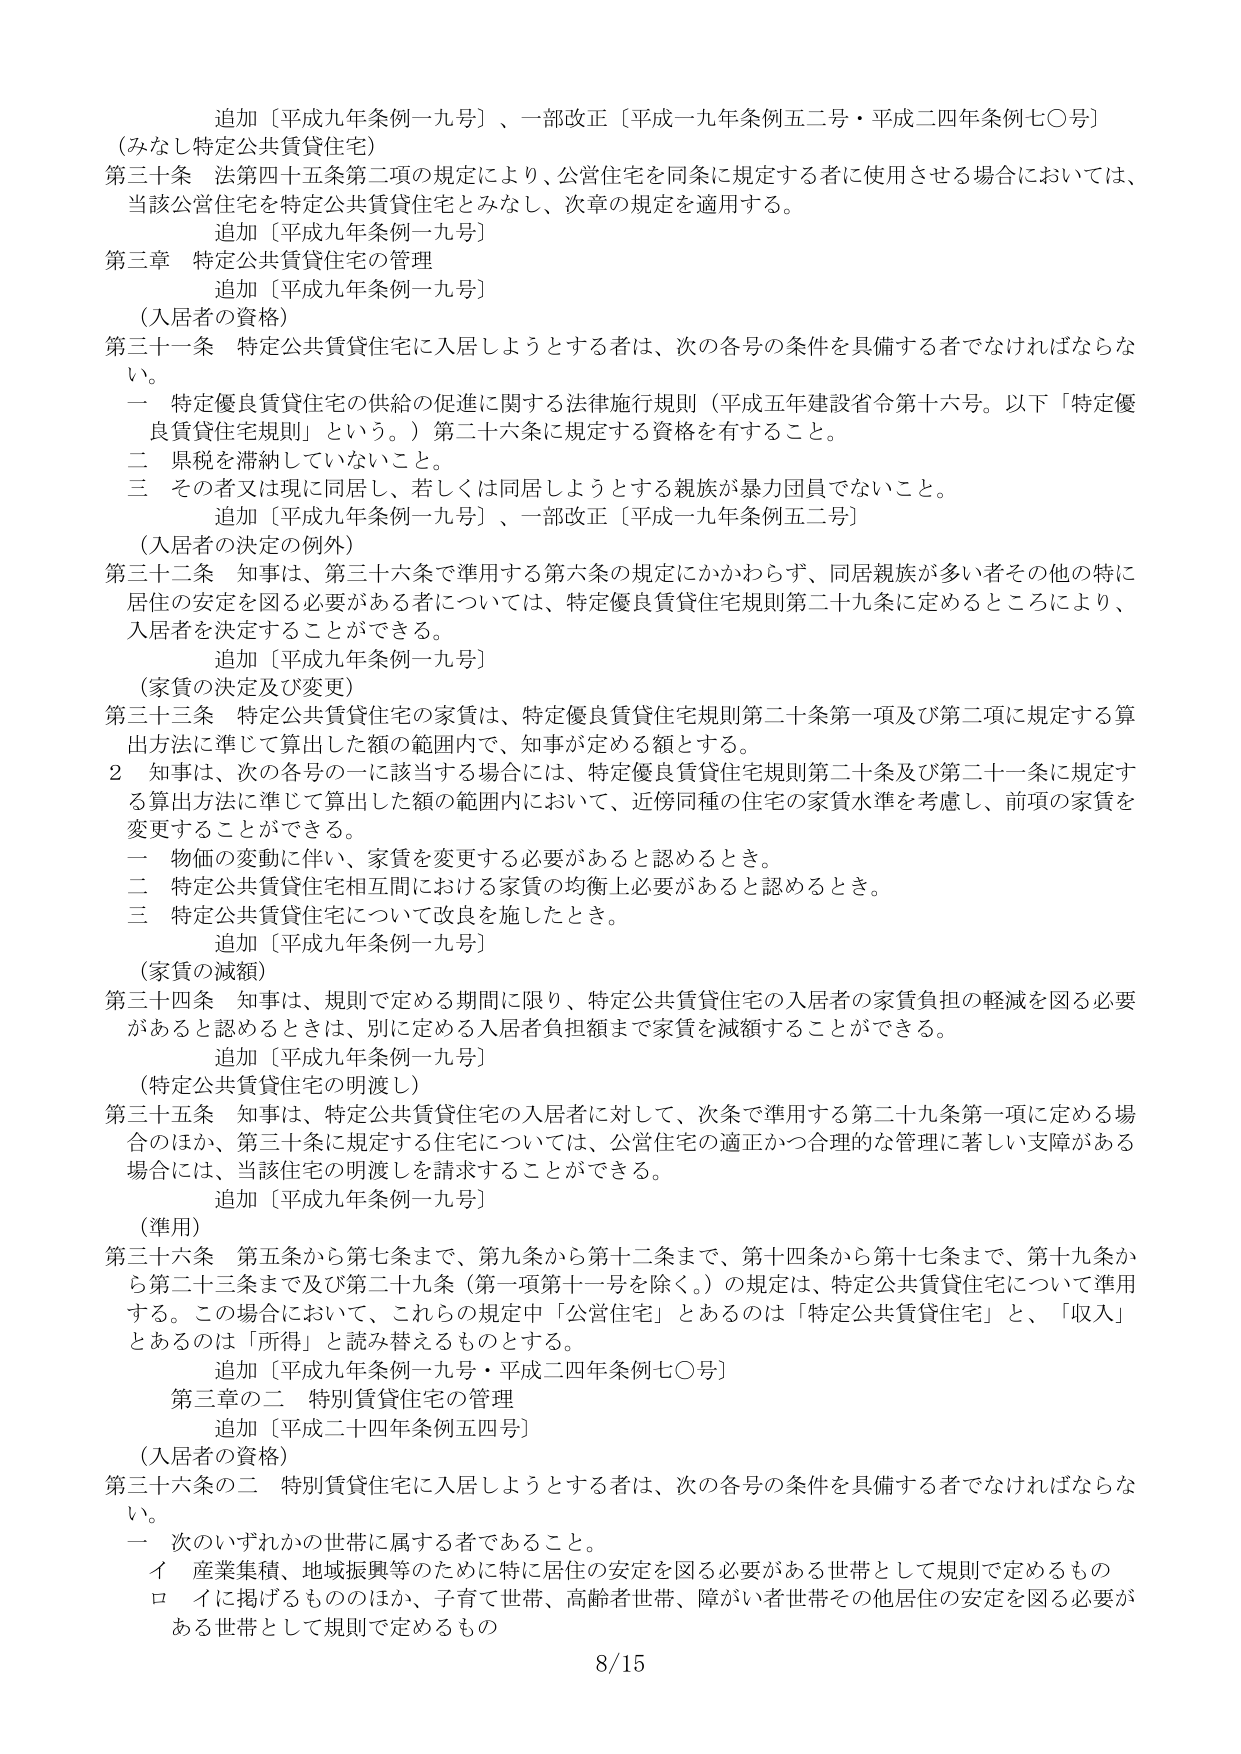
追加〔平成九年条例一九号〕、一部改正〔平成一九年条例五二号・平成二四年条例七〇号〕
（みなし特定公共賃貸住宅）
第三十条 法第四十五条第二項の規定により、公営住宅を同条に規定する者に使用させる場合においては、
当該公営住宅を特定公共賃貸住宅とみなし、次章の規定を適用する。
追加〔平成九年条例一九号〕
第三章 特定公共賃貸住宅の管理
追加〔平成九年条例一九号〕
（入居者の資格）
第三十一条 特定公共賃貸住宅に入居しようとする者は、次の各号の条件を具備する者でなければならない。
一 特定優良賃貸住宅の供給の促進に関する法律施行規則（平成五年建設省令第十六号。以下「特定優良賃貸住宅規則」という。）第二十六条に規定する資格を有すること。
二 県税を滞納していないこと。
三 その者又は現に同居し、若しくは同居しようとする親族が暴力団員でないこと。
追加〔平成九年条例一九号〕、一部改正〔平成一九年条例五二号〕
（入居者の決定の例外）
第三十二条 知事は、第三十六条で準用する第六条の規定にかかわらず、同居親族が多い者その他の特に居住の安定を図る必要がある者については、特定優良賃貸住宅規則第二十九条に定めるところにより、入居者を決定することができる。
追加〔平成九年条例一九号〕
（家賃の決定及び変更）
第三十三条 特定公共賃貸住宅の家賃は、特定優良賃貸住宅規則第二十条第一項及び第二項に規定する算出方法に準じて算出した額の範囲内で、知事が定める額とする。
２ 知事は、次の各号の一に該当する場合には、特定優良賃貸住宅規則第二十条及び第二十一条に規定する算出方法に準じて算出した額の範囲内において、近傍同種の住宅の家賃水準を考慮し、前項の家賃を変更することができる。
一 物価の変動に伴い、家賃を変更する必要があると認めるとき。
二 特定公共賃貸住宅相互間における家賃の均衡上必要があると認めるとき。
三 特定公共賃貸住宅について改良を施したとき。
追加〔平成九年条例一九号〕
（家賃の減額）
第三十四条 知事は、規則で定める期間に限り、特定公共賃貸住宅の入居者の家賃負担の軽減を図る必要があると認めるときは、別に定める入居者負担額まで家賃を減額することができる。
追加〔平成九年条例一九号〕
（特定公共賃貸住宅の明渡し）
第三十五条 知事は、特定公共賃貸住宅の入居者に対して、次条で準用する第二十九条第一項に定める場合のほか、第三十条に規定する住宅については、公営住宅の適正かつ合理的な管理に著しい支障がある場合には、当該住宅の明渡しを請求することができる。
追加〔平成九年条例一九号〕
（準用）
第三十六条 第五条から第七条まで、第九条から第十二条まで、第十四条から第十七条まで、第十九条から第二十三条まで及び第二十九条（第一項第十一号を除く。）の規定は、特定公共賃貸住宅について準用する。この場合において、これらの規定中「公営住宅」とあるのは「特定公共賃貸住宅」と、「収入」とあるのは「所得」と読み替えるものとする。
追加〔平成九年条例一九号・平成二四年条例七〇号〕
第三章の二 特別賃貸住宅の管理
追加〔平成二十四年条例五四号〕
（入居者の資格）
第三十六条の二 特別賃貸住宅に入居しようとする者は、次の各号の条件を具備する者でなければならない。
一 次のいずれかの世帯に属する者であること。
イ 産業集積、地域振興等のために特に居住の安定を図る必要がある世帯として規則で定めるもの
ロ イに掲げるもののほか、子育て世帯、高齢者世帯、障がい者世帯その他居住の安定を図る必要がある世帯として規則で定めるもの
8/15